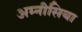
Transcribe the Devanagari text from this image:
अम्नीसिया